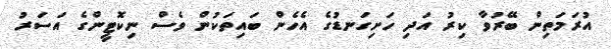
އުރަމަތިން ބޭރުވާ ކިރު އަދި ހަށިގަނޑުގެ އެހެން ބައިތަކުން ވެސް ނިކޮޓީންގެ އަސަރު